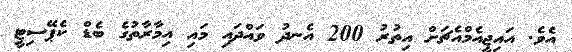
އެވެ. އައިޖީއެމްއެޗަށް އިތުރު 200 އެނދު ވައްދައި މައި އިމާރާތުގެ ބެޑް ކެޕޭސިޓީ